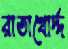
রাতাখোর্দ্দ